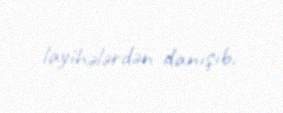
layihələrdən danışıb.